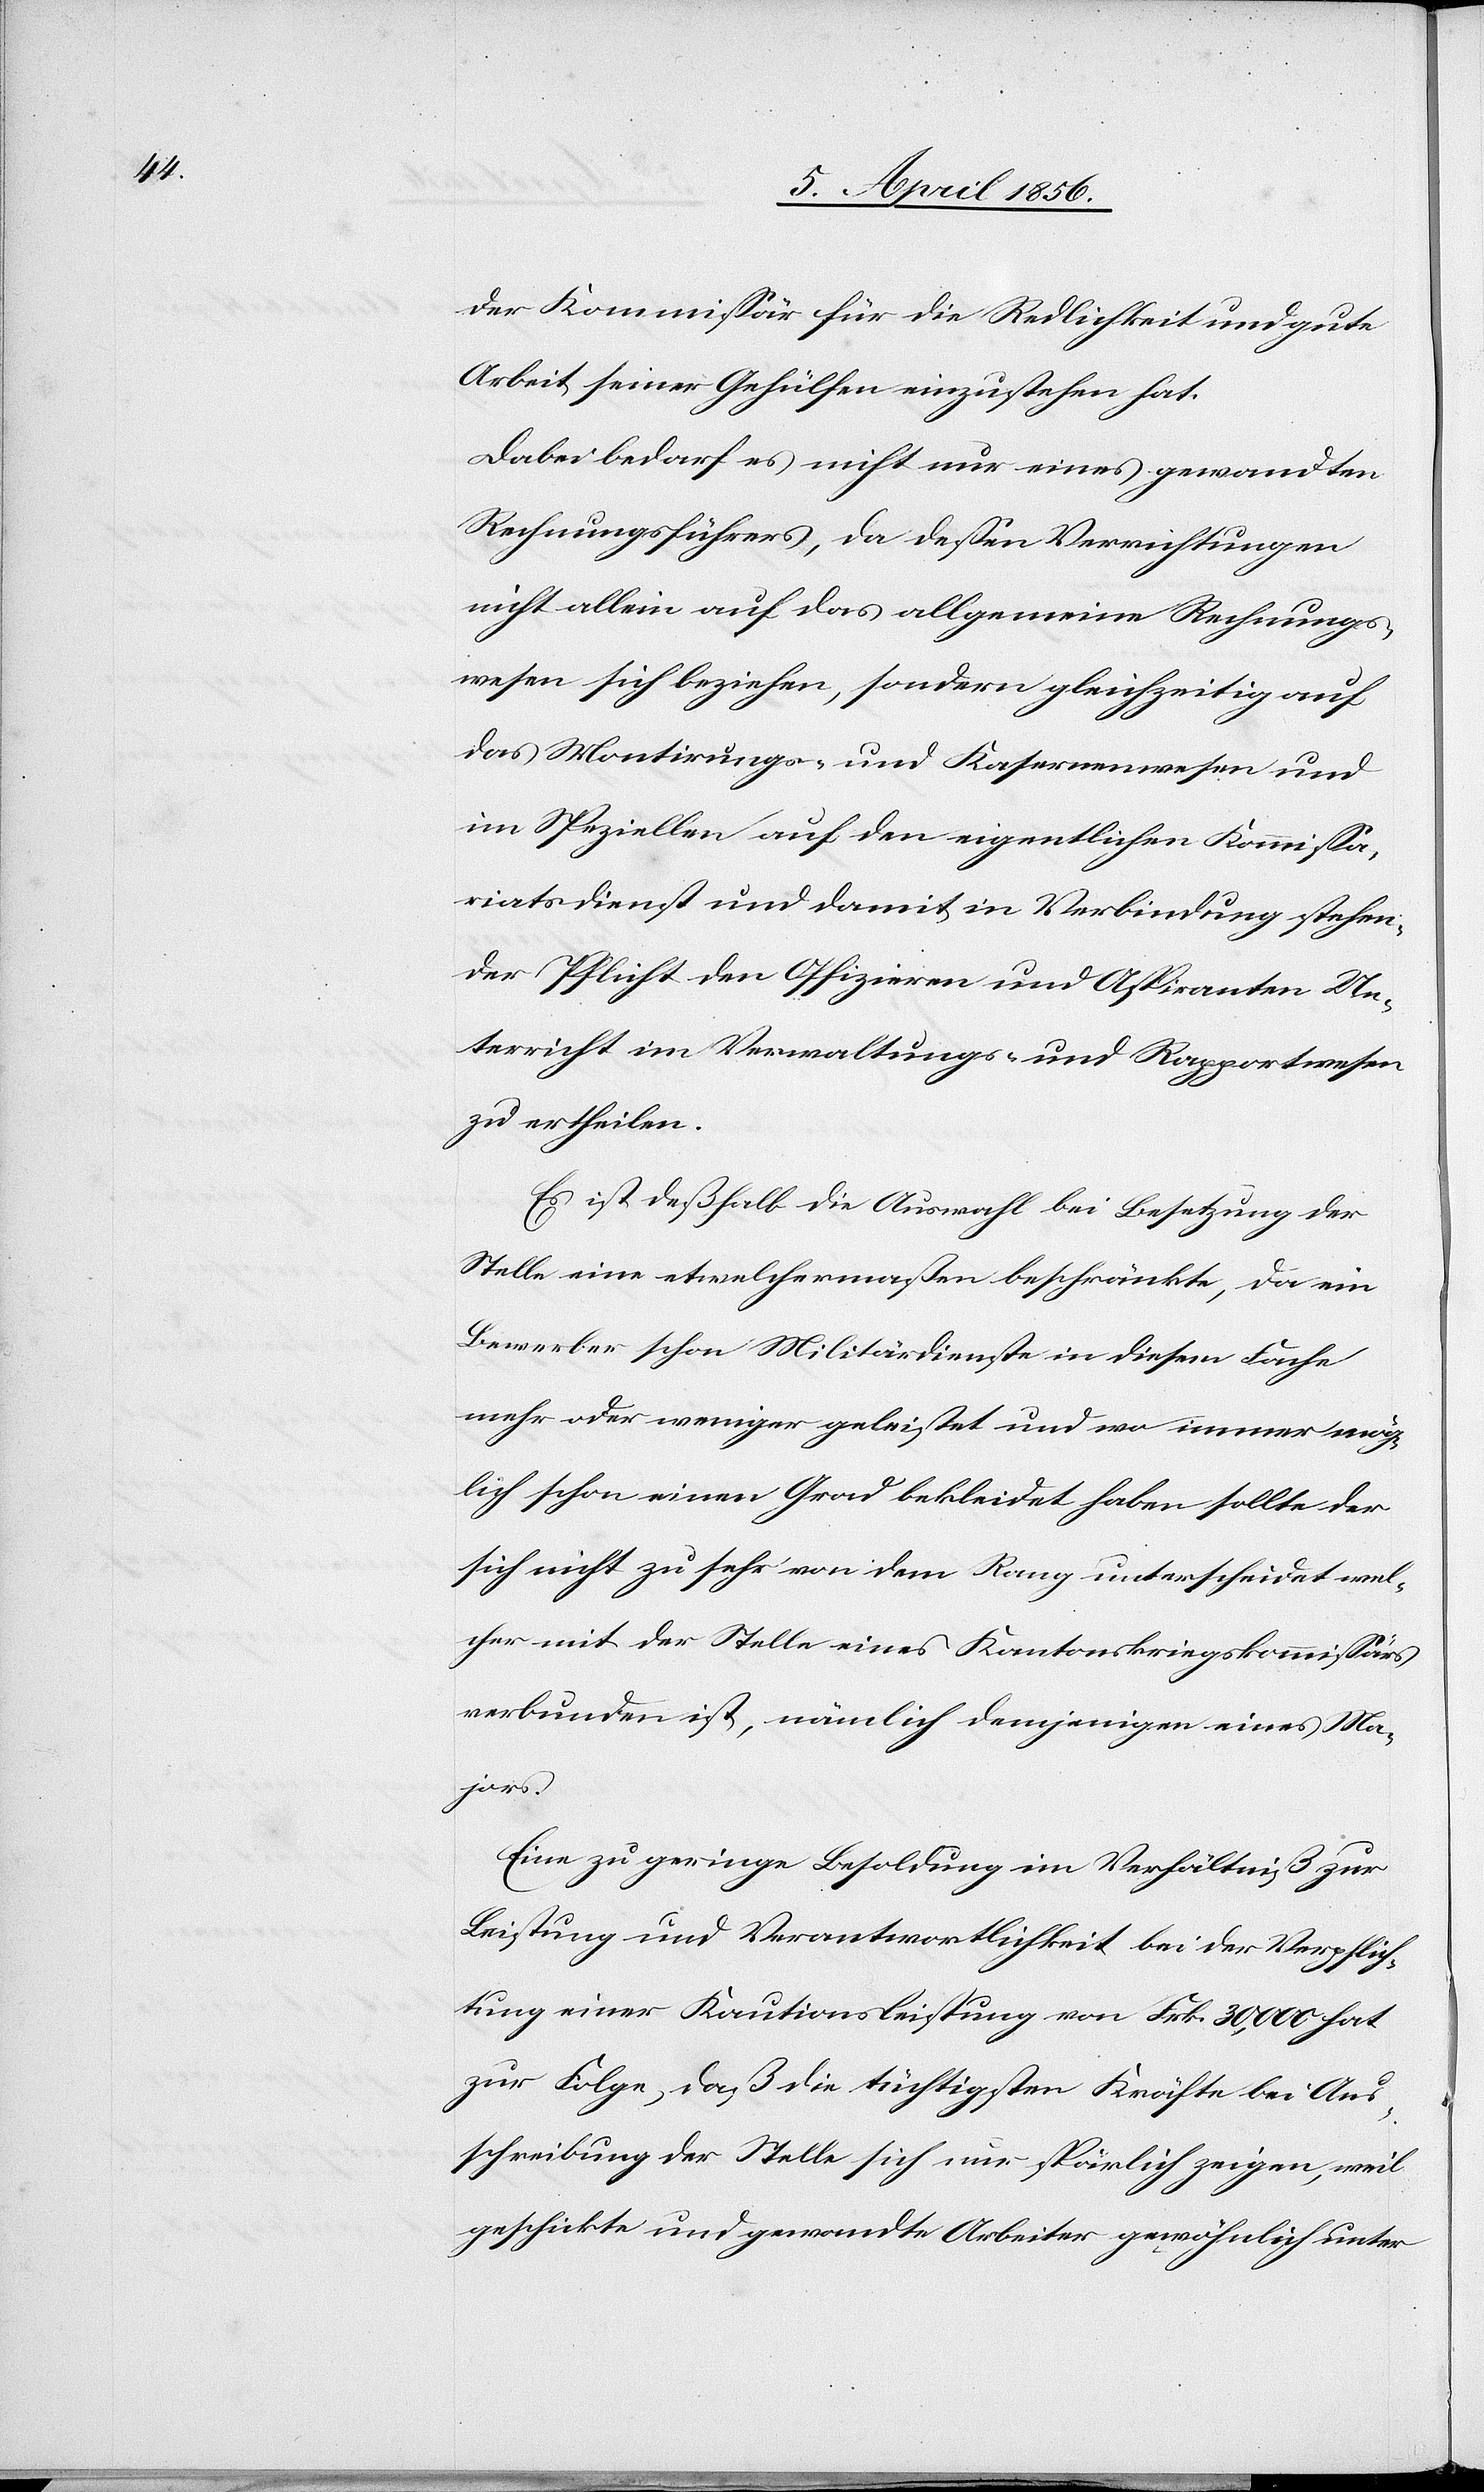
der Kommissär für die Redlichkeit und gute
Arbeit seiner Gehülfen einzustehen hat.
Dabei bedarf es nicht nur eines gewandten
Rechnungsführers, da dessen Verrichtungen
nicht allein auf das allgemeine Rechnungs¬
wesen sich beziehen, sondern gleichzeitig auf
das Montirungs- und Kasernenwesen und
im Speziellen auf den eigentlichen Kommissa¬
riatsdienst und damit in Verbindung stehen¬
der Pflicht den Offizieren und Aspiranten Un¬
terricht im Verwaltungs- und Rapportwesen
zu ertheilen.
Es ist deßhalb die Auswahl bei Besetzung der
Stelle eine etwelchermaßen beschränkte, da ein
Bewerber schon Militärdienste in diesem Fache
mehr oder weniger geleistet und wo immer mög¬
lich schon einen Grad bekleidet haben sollte der
sich nicht zu sehr von dem Rang unterscheidet wel¬
cher mit der Stelle eines Kantonskriegskommissärs
verbunden ist, nämlich demjenigen eines Ma¬
jors.
Eine zu geringe Besoldung im Verhältniß zur
Leistung und Verantwortlichkeit bei der Verpflich¬
tung einer Kautionsleistung von Frk. 30,000 hat
zur Folge, daß die tüchtigsten Kräfte bei Aus¬
schreibung der Stelle sich nur spärlich zeigen, weil
geschickte und gewandte Arbeiter gewöhnlich unter